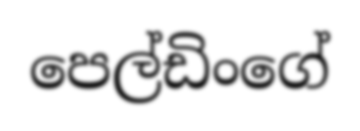
පෙල්ඩිංගේ